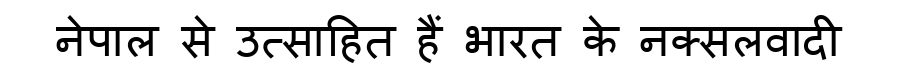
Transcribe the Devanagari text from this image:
नेपाल से उत्साहित हैं भारत के नक्सलवादी